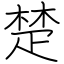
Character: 楚